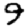
Digit: 9